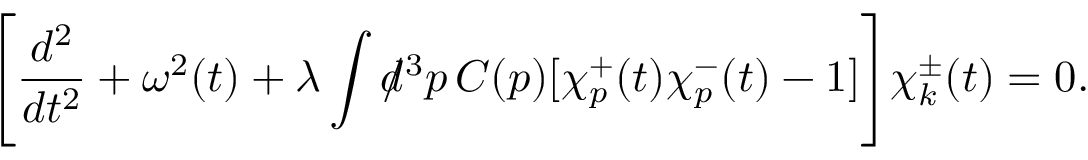
\Biggl [ \frac { d ^ { 2 } } { d t ^ { 2 } } + \omega ^ { 2 } ( t ) + \lambda \int d \! \! \! / ^ { 3 } p \, C ( p ) [ \chi _ { p } ^ { + } ( t ) \chi _ { p } ^ { - } ( t ) - 1 ] \Biggr ] \chi _ { k } ^ { \pm } ( t ) = 0 .